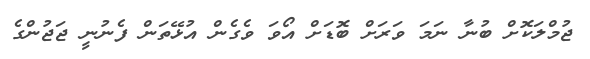
ޖުމްލަކޮށް ބުނާ ނަމަ ވަރަށް ބޮޑަށް އޯވަ ވެގެން އުޅޭތަން ފެނުނީ ޖަޖުންގެ